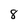
Character: 8